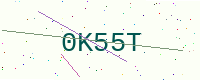
Text: 0K55T